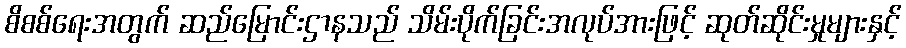
စိစစ်ရေးအတွက် ဆည်မြောင်းဌာနသည် သိမ်းပိုက်ခြင်းအလုပ်အားဖြင့် ဆုတ်ဆိုင်းမှုများနှင့်